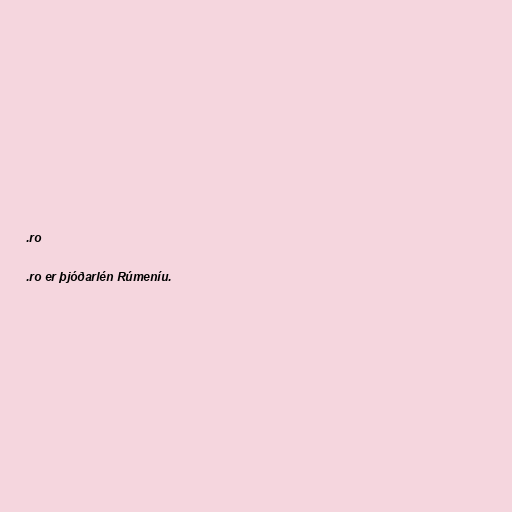
.ro

.ro er þjóðarlén Rúmeníu.